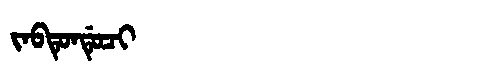
Manchu: ᠵᠠᠪᡨᡠᠨᡩᡠᠴᡳ
Romanization: JABTUNDUCI